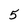
Character: 5